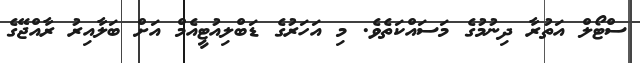
ސްޓޯލް އަތުރާ ދިނުމުގެ މަސައްކަތެވެ. މި އަހަރުގެ ޑަބްލިއުޓީއެމް އަށް ބަލާއިރު ރާއްޖޭގެ